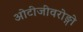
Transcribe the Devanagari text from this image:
ओटीजीवरोङ्गो